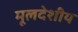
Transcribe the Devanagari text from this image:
मूलदेशीय